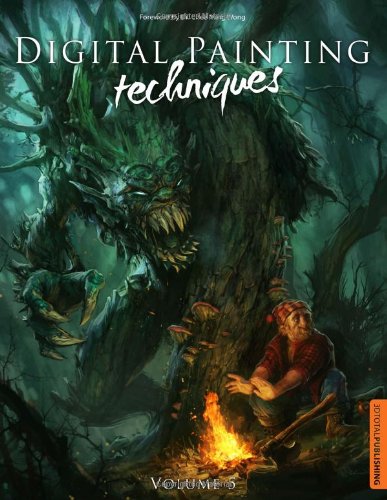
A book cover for Digital Painting Techniques: Volume 5; Brian Sum; Arts & Photography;